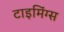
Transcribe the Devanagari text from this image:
टाइमिंग्स